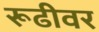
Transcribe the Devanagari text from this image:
रूढीवर